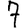
Digit: 7